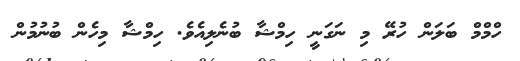
ހްމްމް ބަލަން ހުރޭ މި ނަގަނީ ހިމްޝާ ބުނެލިއެވެ. ހިމްޝާ މިހެން ބުނުމުން